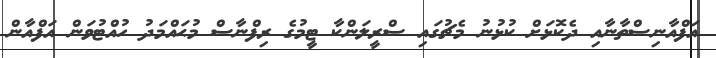
އަފްއާނިސްތާނާއި ދެކޮޅަށް ކުޅުނު މެޗުގައި ސްރީލަންކާ ޓީމުގެ ރިފްނާސް މުޙައްމަދު ހުއްޓުވަން އަފްއާން